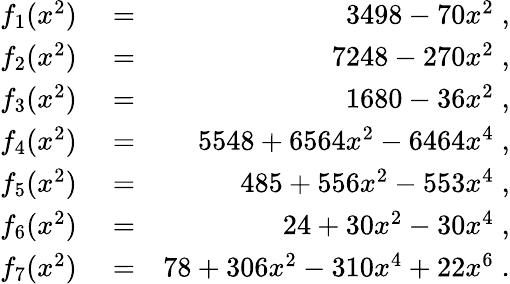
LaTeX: \begin{array}{rlr}{f_{1}(x^{2})}&{{}=}&{3498-70x^{2}\; ,}\\ {f_{2}(x^{2})}&{{}=}&{7248-270x^{2}\; ,}\\ {f_{3}(x^{2})}&{{}=}&{1680-36x^{2}\; ,}\\ {f_{4}(x^{2})}&{{}=}&{5548+6564x^{2}-6464x^{4}\; ,}\\ {f_{5}(x^{2})}&{{}=}&{485+556x^{2}-553x^{4}\; ,}\\ {f_{6}(x^{2})}&{{}=}&{24+30x^{2}-30x^{4}\; ,}\\ {f_{7}(x^{2})}&{{}=}&{78+306x^{2}-310x^{4}+22x^{6}\; .}\end{array}